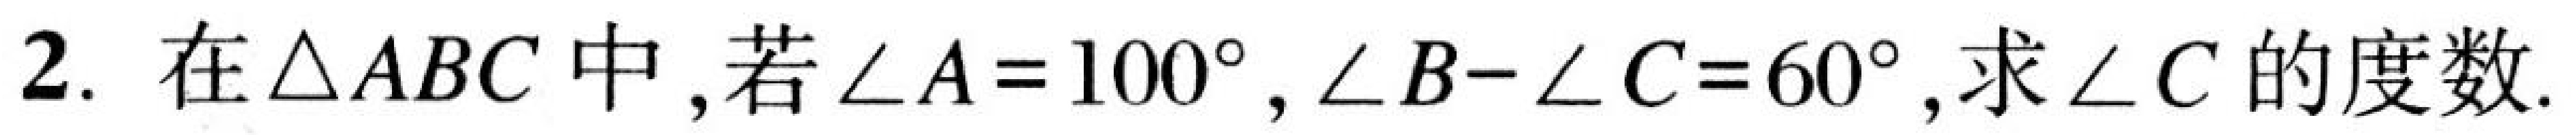
2. 在$\triangle ABC$中，若$\angle A = 100^{\circ},\angle B - \angle C = 60^{\circ}$,求$\angle C$的度数.